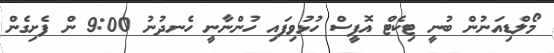
މޯލްޑިއަނުން ބުނީ ޓިކެޓް އޮފީސް ހުޅުވިފައި ހުންނާނީ ހެނދުނު 9:00 ން ފެށިގެން